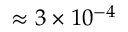
\approx 3 \times 1 0 ^ { - 4 }